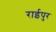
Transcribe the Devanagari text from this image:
राईपुर